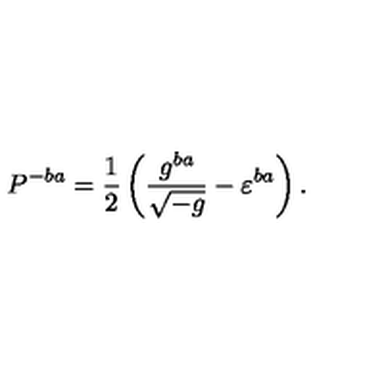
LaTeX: P ^ { - b a } = \frac 1 2 \left( \frac { g ^ { b a } } { \sqrt { - g } } - \varepsilon ^ { b a } \right) .